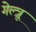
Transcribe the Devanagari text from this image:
गेल्त्रू